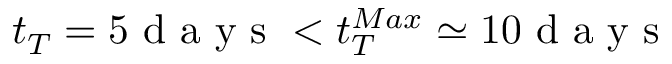
t _ { T } = 5 \mathrm { ~ d ~ a ~ y ~ s ~ } < t _ { T } ^ { M a x } \simeq 1 0 \mathrm { ~ d ~ a ~ y ~ s ~ }